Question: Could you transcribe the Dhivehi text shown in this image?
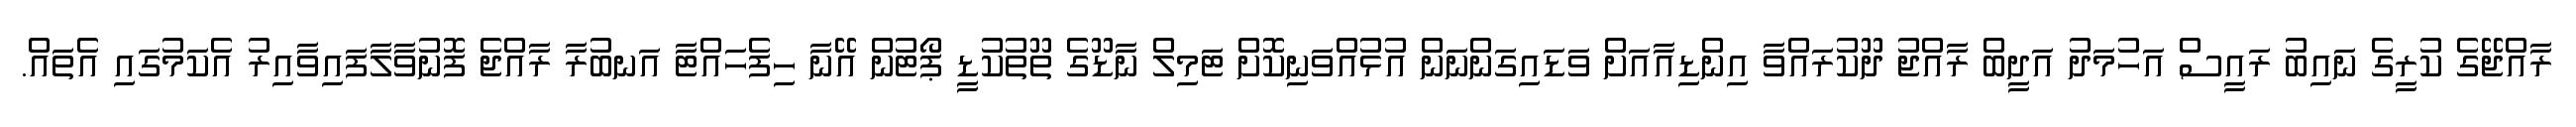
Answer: ރާއްޖޭގެ ކުރީގެ ނައިބު ރައީސް އަހުމަދު އަދީބް ރާއްޖު ދޫކުރައްވާ އިންޑިއާއަށް ވަޑައިގަންނަން އުޅުއްވަނިކޮށް ޓަމިލް ނާޑޫގެ ތޫތުކުޑީ ޕޯޓުން އޭނާ ހިފެހައްޓާ އަނބުރާ ރާއްޖެ ފޮނުވާލާފައިވާއިރު އެކަމުގައި އެތައް.